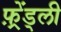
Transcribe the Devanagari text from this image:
फ़्रेंड्ली